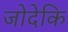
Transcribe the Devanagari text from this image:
जोदेकि